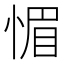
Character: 𮲉